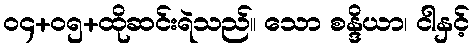
၀၄+၀၅+ထိုဆင်းရဲသည်။ သော စန္ဒိယာ၊ ငါနှင့်